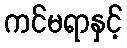
ကင်မရာနှင့်